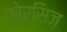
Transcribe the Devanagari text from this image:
फोर्सिज़